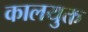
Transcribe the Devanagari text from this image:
कालयुक्त